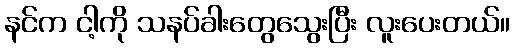
နင်က ငါ့ကို သနပ်ခါးတွေသွေးပြီး လူးပေးတယ်။